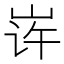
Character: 𱛦